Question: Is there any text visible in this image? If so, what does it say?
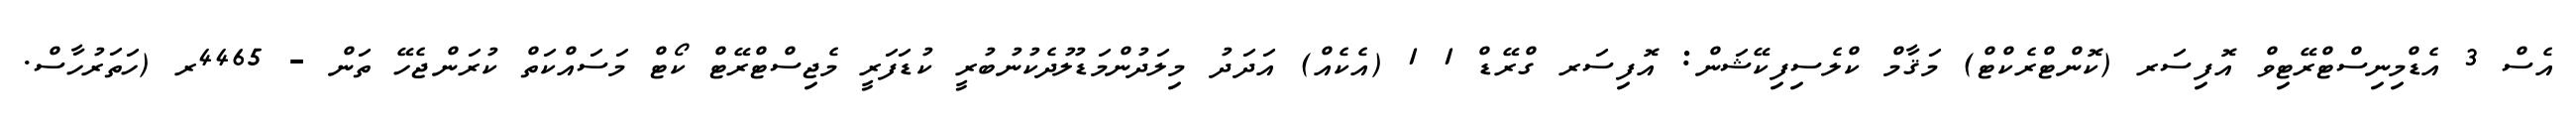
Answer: އެސް 3 އެޑްމިނިސްޓްރޭޓިވް އޮފިސަރ (ކޮންޓްރެކްޓް) މަޤާމް ކްލެސިފިކޭޝަން: އޮފިސަރ ގްރޭޑް 1 1 (އެކެއް) އަދަދު މިލަދުންމަޑުލުދެކުނުބުރީ ކުޑަފަރީ މެޖިސްޓްރޭޓް ކޯޓް މަސައްކަތް ކުރަންޖެހޭ ތަން - 4465ރ (ހަތަރުހާސް.